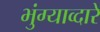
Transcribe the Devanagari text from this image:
भुंग्याव्दारे